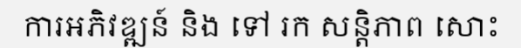
ការអភិវឌ្ឍន៍ និង ទៅ រក សន្តិភាព សោះ